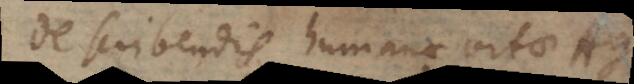
De scribendis humanae vitae